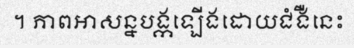
។ ភាពអាសន្នបង្កឡើងដោយជំងឺនេះ